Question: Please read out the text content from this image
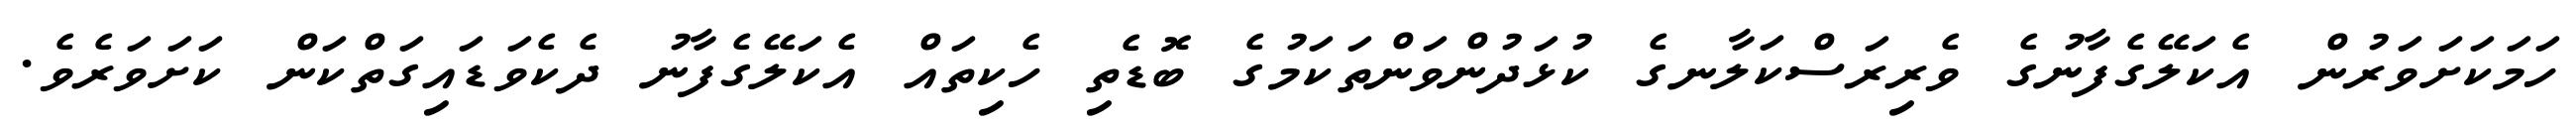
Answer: ހަމަކަށަވަރުން އެކަލޭގެފާނުގެ ވެރިރަސްކަލާނގެ ކުޅަދުންވަންތަކަމުގެ ބޮޑެތި ހެކިތައް އެކަލޭގެފާނު ދެކެވަޑައިގަތްކަން ކަށަވަރެވެ.